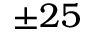
\pm 2 5